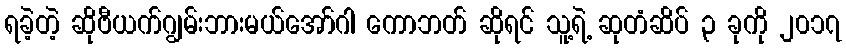
ရခဲ့တဲ့ ဆိုဗီယက်ဂျွမ်းဘားမယ်အော်ဂါ ကောဘတ် ဆိုရင် သူ့ရဲ့ ဆုတံဆိပ် ၃ ခုကို ၂၀၁၇